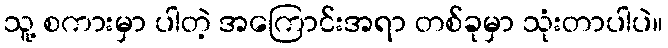
သူ့ စကားမှာ ပါတဲ့ အကြောင်းအရာ တစ်ခုမှာ သုံးတာပါပဲ။